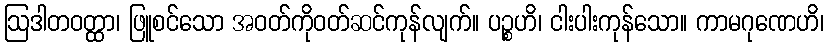
ဩဒါတဝတ္ထာ၊ ဖြူစင်သော အဝတ်ကိုဝတ်ဆင်ကုန်လျက်။ ပဉ္စဟိ၊ ငါးပါးကုန်သော။ ကာမဂုဏေဟိ၊